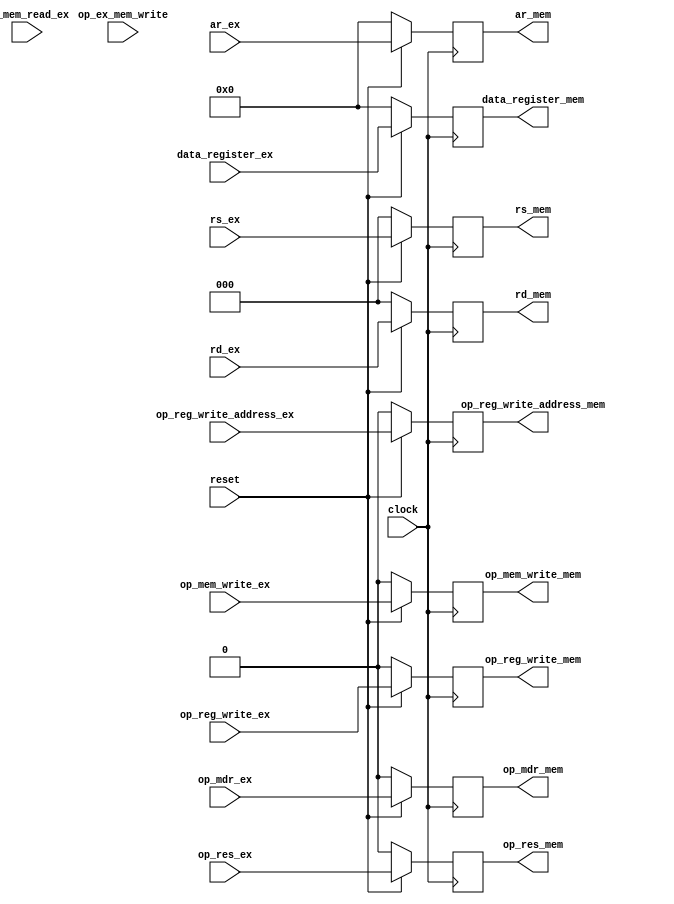
module ex_mem(
  input clock,
  input reset,
  input op_ex_mem_write,
  // input op_branch_ex,
  input op_mem_write_ex,
  input op_mem_read_ex,
  input op_reg_write_ex,
  input op_reg_write_address_ex,
  input op_mdr_ex,
  input op_res_ex,
  input [2:0] rs_ex, 
  input [2:0] rd_ex,
  input [15:0] ar_ex,
  input [15:0] data_register_ex,
  // output reg op_branch_mem,
  output reg op_mem_write_mem,
  // output reg op_mem_read_mem,
  output reg op_reg_write_mem,
  output reg op_reg_write_address_mem,
  output reg op_mdr_mem,
  output reg op_res_mem,
  output reg [2:0] rs_mem,
  output reg [2:0] rd_mem,
  output reg [15:0] ar_mem,
  output reg [15:0] data_register_mem);

always @(posedge clock) begin
  if(reset == 1'b0) begin
    // op_branch_mem <= 1'b0;
    op_mem_write_mem <= 1'b0;
    // op_mem_read_mem <= 1'b0;
    op_reg_write_mem <= 1'b0;
    op_reg_write_address_mem <= 1'b0;
    op_mdr_mem <= 1'b0;
    op_res_mem <= 1'b0;
    rs_mem <= 3'b000;
    rd_mem <= 3'b000;
    ar_mem <= 16'b0000_0000_0000_0000;
    data_register_mem <= 16'b0000_0000_0000_0000;
  end
  else begin
    // op_branch_mem <= op_branch_ex;
    op_mem_write_mem <= op_mem_write_ex;
    // op_mem_read_mem <= op_mem_read_ex;
    op_reg_write_mem <= op_reg_write_ex;
    op_reg_write_address_mem <= op_reg_write_address_ex;
    op_mdr_mem <= op_mdr_ex;
    op_res_mem <= op_res_ex;
    rs_mem <= rs_ex;
    rd_mem <= rd_ex;
    ar_mem <= ar_ex;
    data_register_mem <= data_register_ex;
  end
end
endmodule